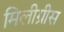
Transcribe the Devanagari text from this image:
मिलीग्रीस